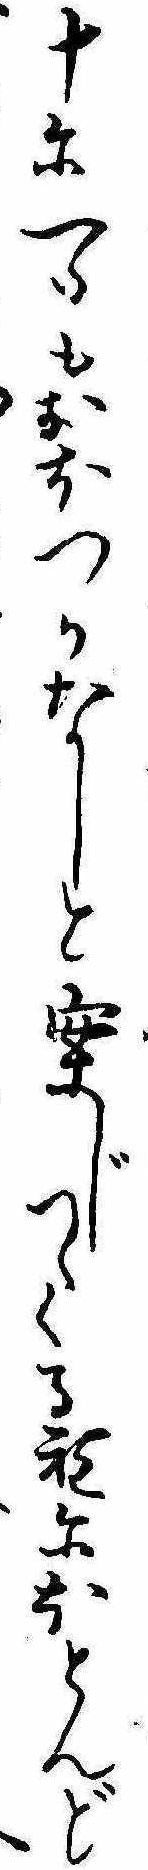
十に一つもおほつかなしと案じつゝくる程にほとんど